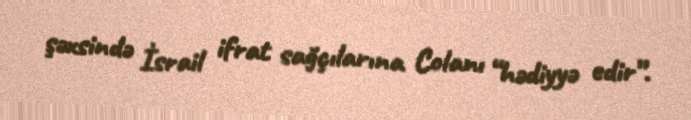
şəxsində İsrail ifrat sağçılarına Colanı “hədiyyə edir”.